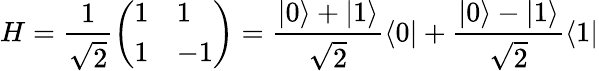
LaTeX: H=\frac{1}{\sqrt{2}}\left(\begin{array}{ll}{1}&{1}\\ {1}&{-1}\end{array}\right)=\frac{\vert 0\rangle+\vert 1\rangle}{\sqrt{2}}\langle 0\vert+\frac{\vert 0\rangle-\vert 1\rangle}{\sqrt{2}}\langle 1\vert